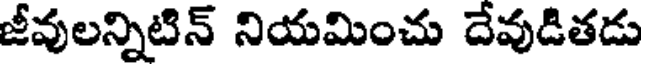
జీవులన్నిటిన్ నియమించు దేవుడితడు